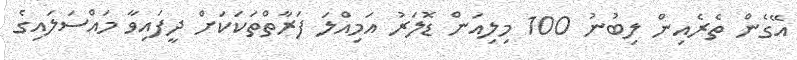
އޭގެން ތެރެއިން ލިބުނު 100 މިލިއަން ޑޮލަރު އަމިއްލަ ފަރާތްތަކަކަށް ދީފައިވާ މައްސަލައިގެ